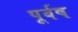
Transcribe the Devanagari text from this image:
पूर्वष